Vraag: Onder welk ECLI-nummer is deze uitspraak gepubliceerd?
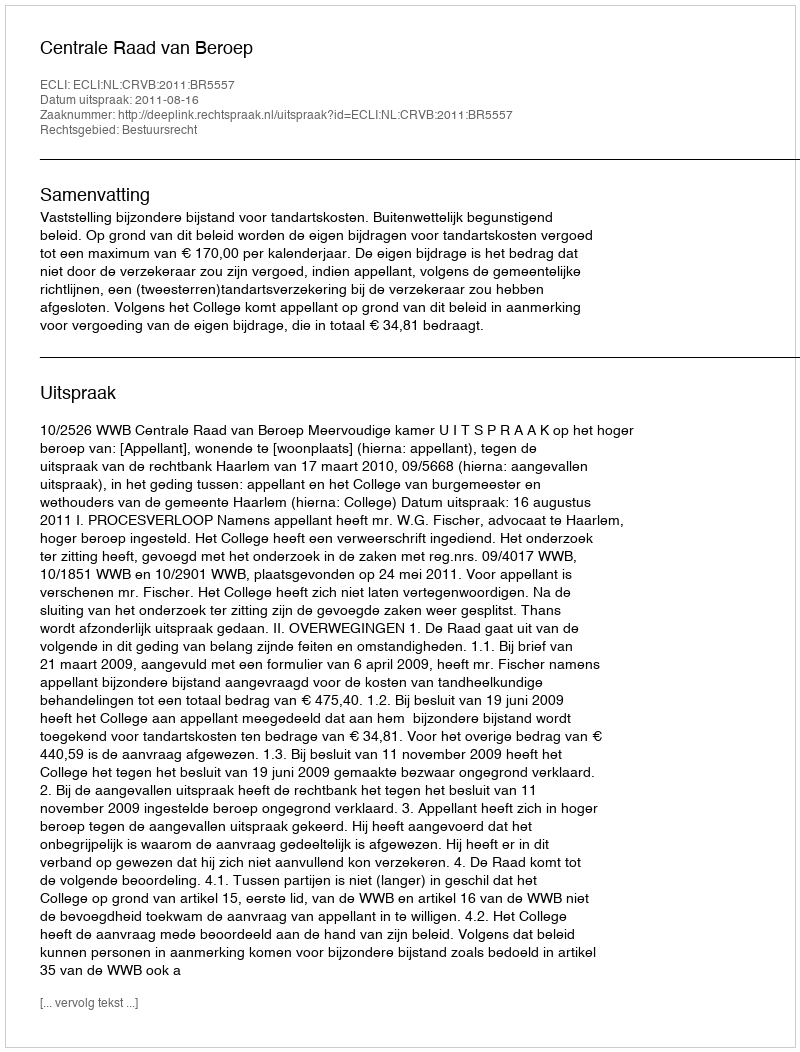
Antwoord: ECLI:NL:CRVB:2011:BR5557